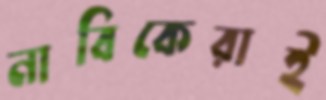
নাবিকেরাই